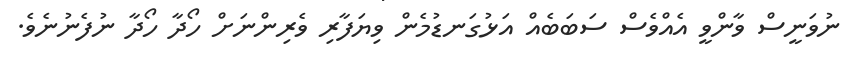
ނުވަނީސް ވާންވީ އެއްވެސް ސަބަބެއް އަޅުގަނޑުމެން ވިޔަފާރި ވެރިންނަށް ހޯދާ ހޯދާ ނުފެނުނެވެ.